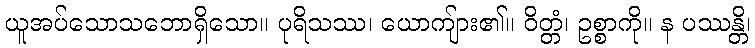
ယူအပ်သောသဘောရှိသော။ ပုရိသဿ၊ ယောကျ်ား၏။ ဝိတ္တံ၊ ဥစ္စာကို။ န ပဿန္တိ၊